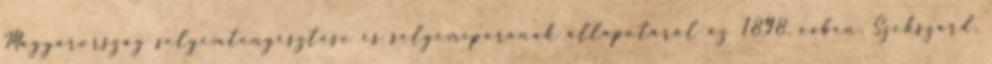
Magyarország selyemtenyésztése és selyemiparának állapotáról az 1898. évben. Szekszárd,